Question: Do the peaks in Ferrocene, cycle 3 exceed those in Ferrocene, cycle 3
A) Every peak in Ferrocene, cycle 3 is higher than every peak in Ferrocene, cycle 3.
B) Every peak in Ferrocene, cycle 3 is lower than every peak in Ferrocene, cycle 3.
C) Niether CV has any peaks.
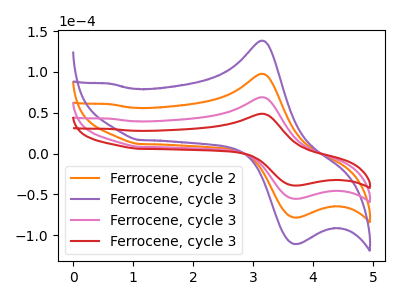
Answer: <think>The orange curve "Ferrocene, cycle 2" has an anodic peak at (3.15V, 138.25uA) and a cathodic peak at (3.75V, -110.45uA). The purple curve "Ferrocene, cycle 3" has an anodic peak at (3.15V, 207.35uA) and a cathodic peak at (3.75V, -165.65uA). The pink curve "Ferrocene, cycle 3" has an anodic peak at (3.15V, 69.10uA) and a cathodic peak at (3.75V, -55.20uA). The red curve "Ferrocene, cycle 3" has an anodic peak at (3.15V, 48.85uA) and a cathodic peak at (3.75V, -39.05uA).</think>
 <answer>B) Every peak in "Ferrocene, cycle 3" is lower than every peak in "Ferrocene, cycle 3".</answer>
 <eval>B</eval>